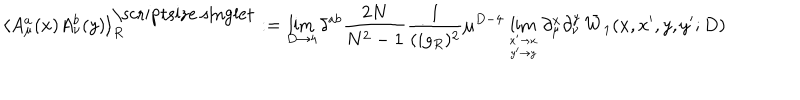
\langle A _ { \mu } ^ { a } ( x ) A _ { \nu } ^ { b } ( y ) \rangle _ { R } ^ { \mathrm { \scriptsize ~ s i n g l e t } } : = \lim _ { D \to 4 } \delta ^ { a b } { \frac { 2 N } { N ^ { 2 } - 1 } } { \frac { 1 } { ( i g _ { R } ) ^ { 2 } } } \mu ^ { D - 4 } \lim _ { x ^ { \prime } \to x \atop y ^ { \prime } \to y } \partial _ { \mu } ^ { x } \partial _ { \nu } ^ { y } \, \bar { W } _ { 1 } ( x , x ^ { \prime } , y , y ^ { \prime } ; D )